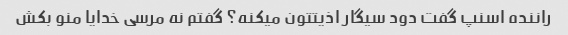
راننده اسنپ گفت دود سیگار اذیتتون میکنه؟ گفتم نه مرسی خدایا منو بکش